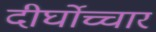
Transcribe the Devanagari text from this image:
दीर्घोच्चार